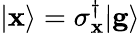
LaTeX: |\mathbf{x}\rangle=\sigma_{\mathbf{x}}^{\dagger}|\mathbf{{g}}\rangle